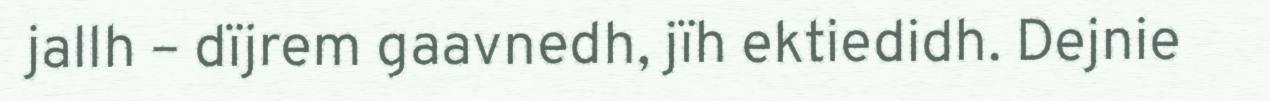
jallh – dïjrem gaavnedh, jïh ektiedidh. Dejnie